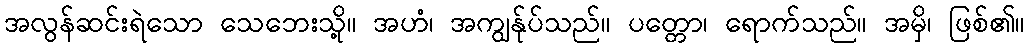
အလွန်ဆင်းရဲသော သေဘေးသို့။ အဟံ၊ အကျွန်ုပ်သည်။ ပတ္တော၊ ရောက်သည်။ အမှိ၊ ဖြစ်၏။